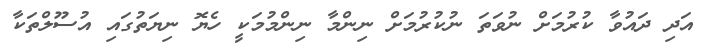
އަދި ދައުވާ ކުރުމަށް ނުވަތަ ނުކުރުމަށް ނިންމާ ނިންމުމަކީ ހެޔޮ ނިޔަތުގައި އުސޫލްތަކާ